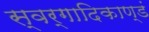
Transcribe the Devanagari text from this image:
स्वर्गादिकाण्डं